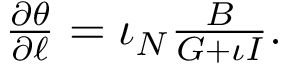
\begin{array} { r } { \frac { \partial \theta } { \partial \ell } = \iota _ { N } \frac { B } { G + \iota I } . } \end{array}